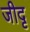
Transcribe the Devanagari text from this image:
जीदृ